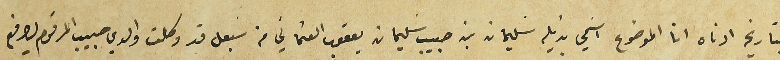
بتاريخ ادناه انا الموضوع اسَمي بذيله سليمان بن حبيب سليمان يعقوب العثماني من سبعل قد وكلت والدي حبيب المرقوم ليدفع